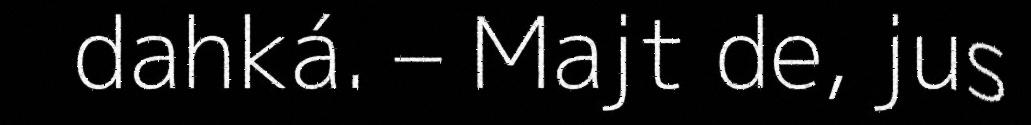
dahká. – Majt de, jus